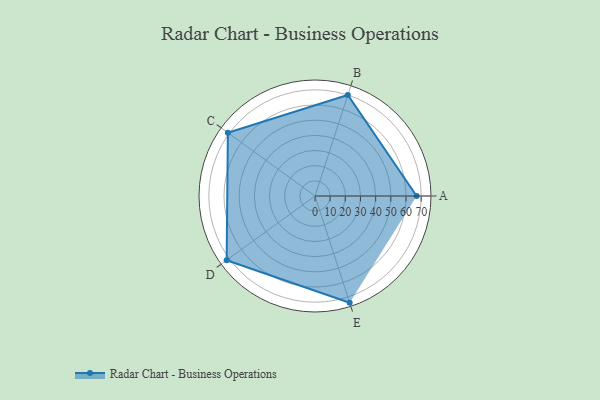
{"axis": {"x": "Skill", "y": "Score"}, "legend": ["Profile"], "data": [{"x": "A", "y": 67.0, "type": "Profile"}, {"x": "B", "y": 70.0, "type": "Profile"}, {"x": "C", "y": 71.0, "type": "Profile"}, {"x": "D", "y": 72.0, "type": "Profile"}, {"x": "E", "y": 74.0, "type": "Profile"}]}